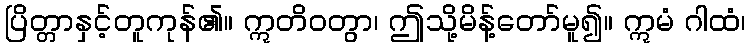
ပြိတ္တာနှင့်တူကုန်၏။ ဣတိဝတွာ၊ ဤသို့မိန့်တော်မူ၍။ ဣမံ ဂါထံ၊